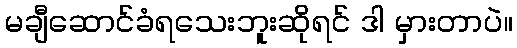
မချီဆောင်ခံရသေးဘူးဆိုရင် ဒါ မှားတာပဲ။